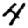
Digit: 4